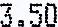
3.50